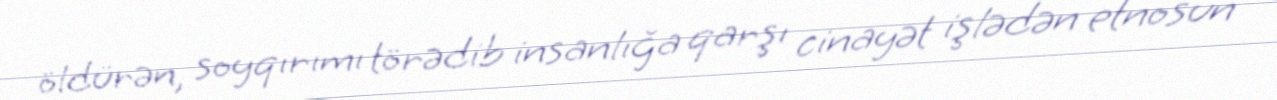
öldürən, soyqırımı törədib insanlığa qarşı cinayət işlədən etnosun